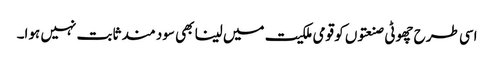
اسی طرح چھوٹی صنعتوں کو قومی ملکیت میں لینا بھی سود مند ثابت نہیں ہوا۔